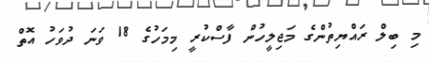
މި ބިލް ރައްޔިތުންގެ މަޖިލީހުން ފާސްކުރީ މިމަހުގެ 18 ވަނަ ދުވަހު އޮތް